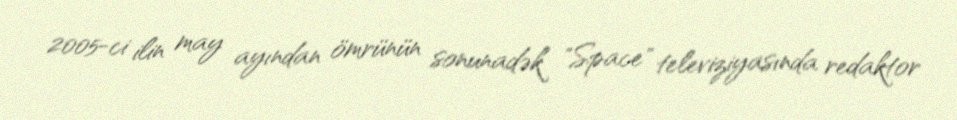
2005-ci ilin may ayından ömrünün sonunadək "Space" televiziyasında redaktor